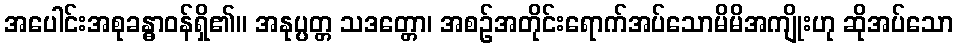
အပေါင်းအစုခန္ဓာဝန်ရှိ၏။ အနုပ္ပတ္တ သဒတ္တော၊ အစဉ်အတိုင်းရောက်အပ်သောမိမိအကျိုးဟု ဆိုအပ်သော